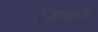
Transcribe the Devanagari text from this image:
जिलाओं